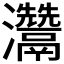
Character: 𤅬